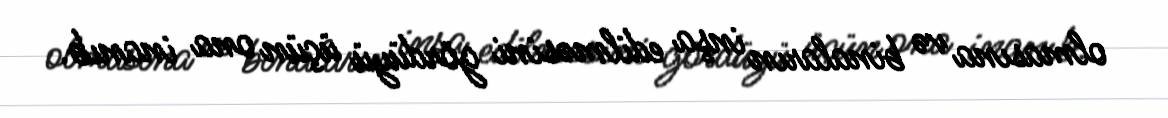
olmasına və binaların inşa edilməsini gördüyü üçün ona inanıb.